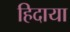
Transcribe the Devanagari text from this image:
हिदाया